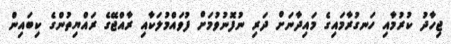
ޖިހާދު ކުރުމާއި ހަނގުރާމައިގެ މައިދާނަށް ދަރި ނުފޮނުވުމަށް ފުވައްމުލަކާއި ރާއްޖޭގެ ރައްޔިތުންގެ ކިބައިން